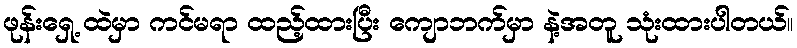
ဖုန်းရှေ့ ထဲမှာ ကင်မရာ ထည့်ထားပြီး ကျောဘက်မှာ နဲ့အတူ သုံးထားပါတယ်။